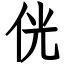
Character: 侊